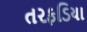
તરફડિયા